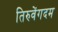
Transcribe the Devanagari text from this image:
तिरुवेंगदम